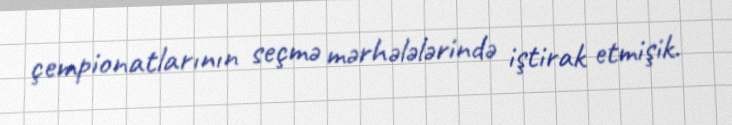
çempionatlarının seçmə mərhələlərində iştirak etmişik.